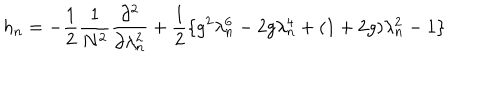
h _ { n } = - \frac { 1 } { 2 } \frac { 1 } { N ^ { 2 } } \frac { \partial ^ { 2 } } { \partial \lambda _ { n } ^ { 2 } } + \frac { 1 } { 2 } \{ g ^ { 2 } \lambda _ { n } ^ { 6 } - 2 g \lambda _ { n } ^ { 4 } + ( 1 + 2 g ) \lambda _ { n } ^ { 2 } - 1 \}